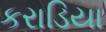
કરાડિયા